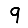
Digit: 9